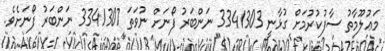
މަޢުލޫމާތު ސާފުކުރުމަށް ގުޅާނީ 3341303 ނަންބަރު ފޯނަށް ނުވަތަ 3341307 ނަންބަރު ފޯނަށެވެ.